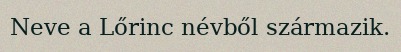
Neve a Lőrinc névből származik.